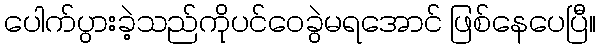
ပေါက်ပွားခဲ့သည်ကိုပင်ဝေခွဲမရအောင် ဖြစ်နေပေပြီ။